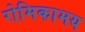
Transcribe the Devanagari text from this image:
रोमिकामय